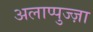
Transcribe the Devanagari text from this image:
अलाप्पुज्ज़ा